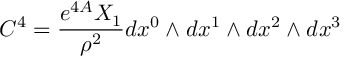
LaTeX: C ^ { 4 } = { \frac { e ^ { 4 A } X _ { 1 } } { \rho ^ { 2 } } } d x ^ { 0 } \wedge d x ^ { 1 } \wedge d x ^ { 2 } \wedge d x ^ { 3 }